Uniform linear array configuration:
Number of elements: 8
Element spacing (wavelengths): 1
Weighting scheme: hann
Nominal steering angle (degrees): -15
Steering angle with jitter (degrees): -16.008
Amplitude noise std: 0.05
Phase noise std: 0.05

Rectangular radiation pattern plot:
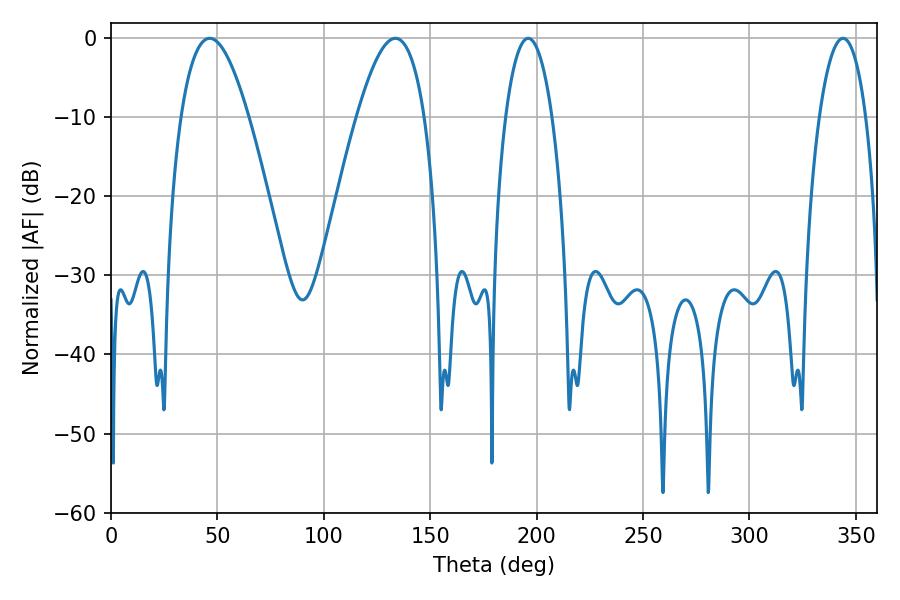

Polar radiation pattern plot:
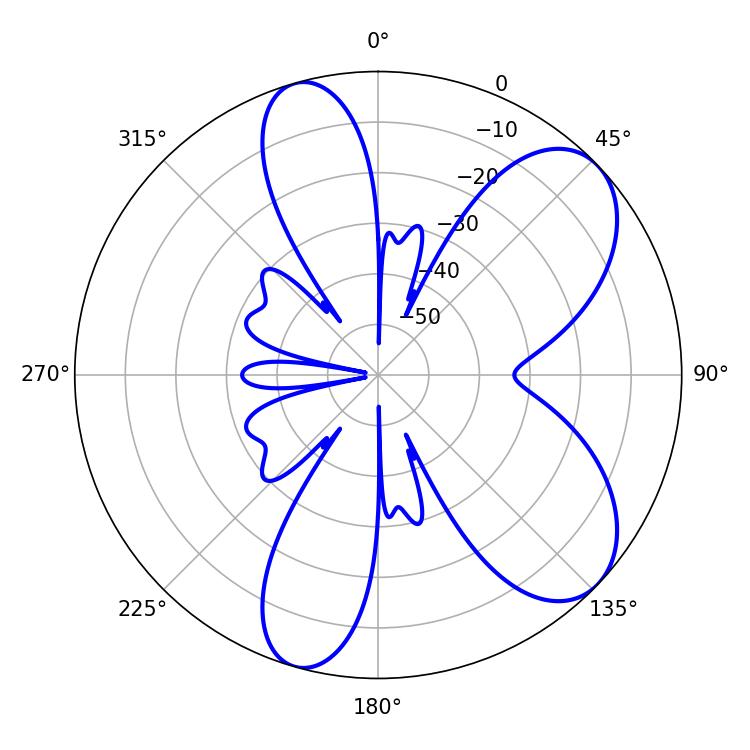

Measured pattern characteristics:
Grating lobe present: TRUE
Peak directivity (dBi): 7.513
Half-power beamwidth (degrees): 12.24
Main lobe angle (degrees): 196.02